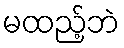
မထည့်ဘဲ